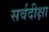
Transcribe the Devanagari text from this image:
सर्वदीक्षा